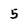
Character: 5